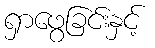
ရှာဖွေခြင်းနှင့်